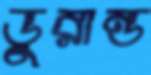
ডুরান্ড